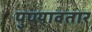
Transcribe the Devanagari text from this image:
पुण्यावतार